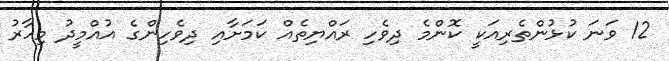
12 ވަނަ ކުޅުންތެރިއަކީ ކޮންމެ ދިވެހި ރައްޔިތެއް ކަމަށާއި ދިވެހިންގެ އުއްމީދު މިހާރު